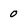
Character: 0